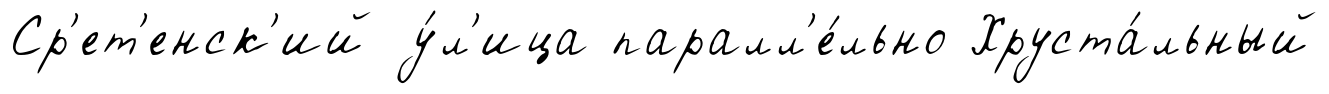
Ср'ет'енск'ий у́л'ица паралл'е́льно Хруста́льный